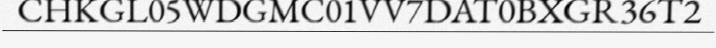
CHKGL05WDGMC01VV7DAT0BXGR36T2